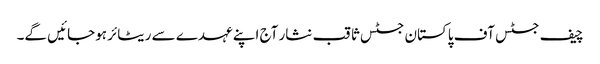
چیف جسٹس آف پاکستان جسٹس ثاقب نثار آج اپنے عہدے سے ریٹائر ہوجائیں گے۔